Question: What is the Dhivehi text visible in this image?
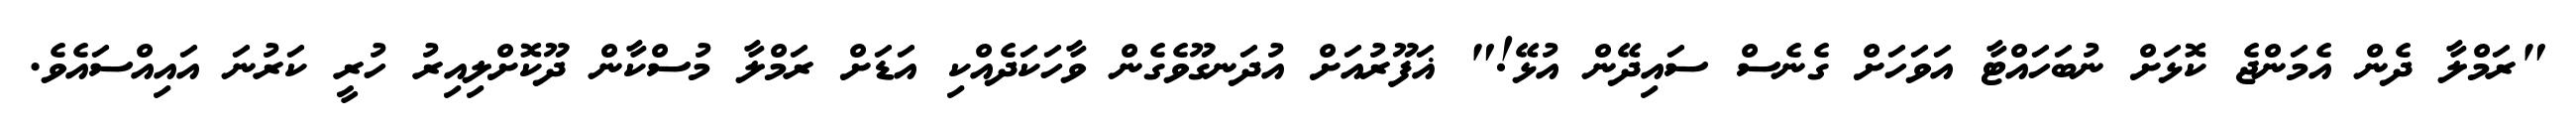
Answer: "ރަމްލާ ދެން އެމަންޖެ ކޮޅަށް ނުބަހައްޓާ އަވަހަށް ގެނެސް ސައިދޭން އުޅޭ!" ޣަފޫރުއަށް އުދަނގޫވެގެން ވާހަކަދެއްކި އަޑަށް ރަމްލާ މުސްކާން ދޫކޮށްލިއިރު ހުރީ ކަރުނަ އައިއްސައެވެ.